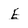
Character: E